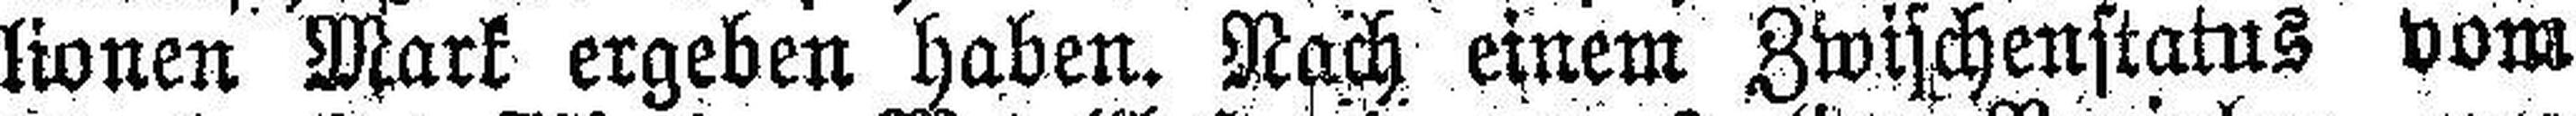
lionen Mark ergeben haben. Nach einem Zwischenstatus vom